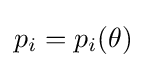
p_{i}=p_{i}(\theta )